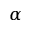
\alpha